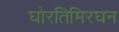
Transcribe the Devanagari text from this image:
घोरतिमिरघन